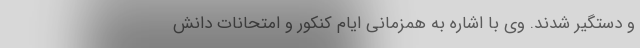
و دستگیر شدند. وی با اشاره به همزمانی ایام کنکور و امتحانات دانش